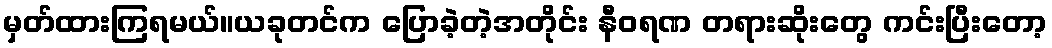
မှတ်ထားကြရမယ်။ယခုတင်က ပြောခဲ့တဲ့အတိုင်း နီဝရဏ တရားဆိုးတွေ ကင်းပြီးတော့